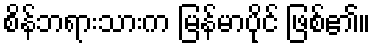
စိန်ဘရားသားက မြန်မာပိုင် ဖြစ်၏။